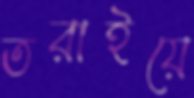
তরাইয়ে